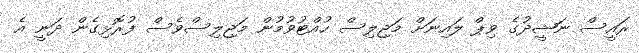
ރައީސް ނަޝީދުގެ ވިޕް ލައިނަށް މަޖިލިސް ހުއްޓުވުމުން މަޖިލިސްވެސް ފުރޮޅިގެން ދަނީ އެ